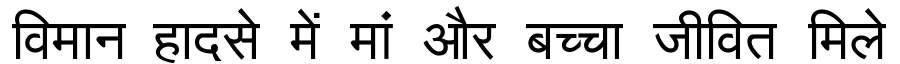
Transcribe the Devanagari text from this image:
विमान हादसे में मां और बच्चा जीवित मिले